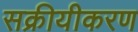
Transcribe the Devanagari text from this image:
सक्रीयीकरण